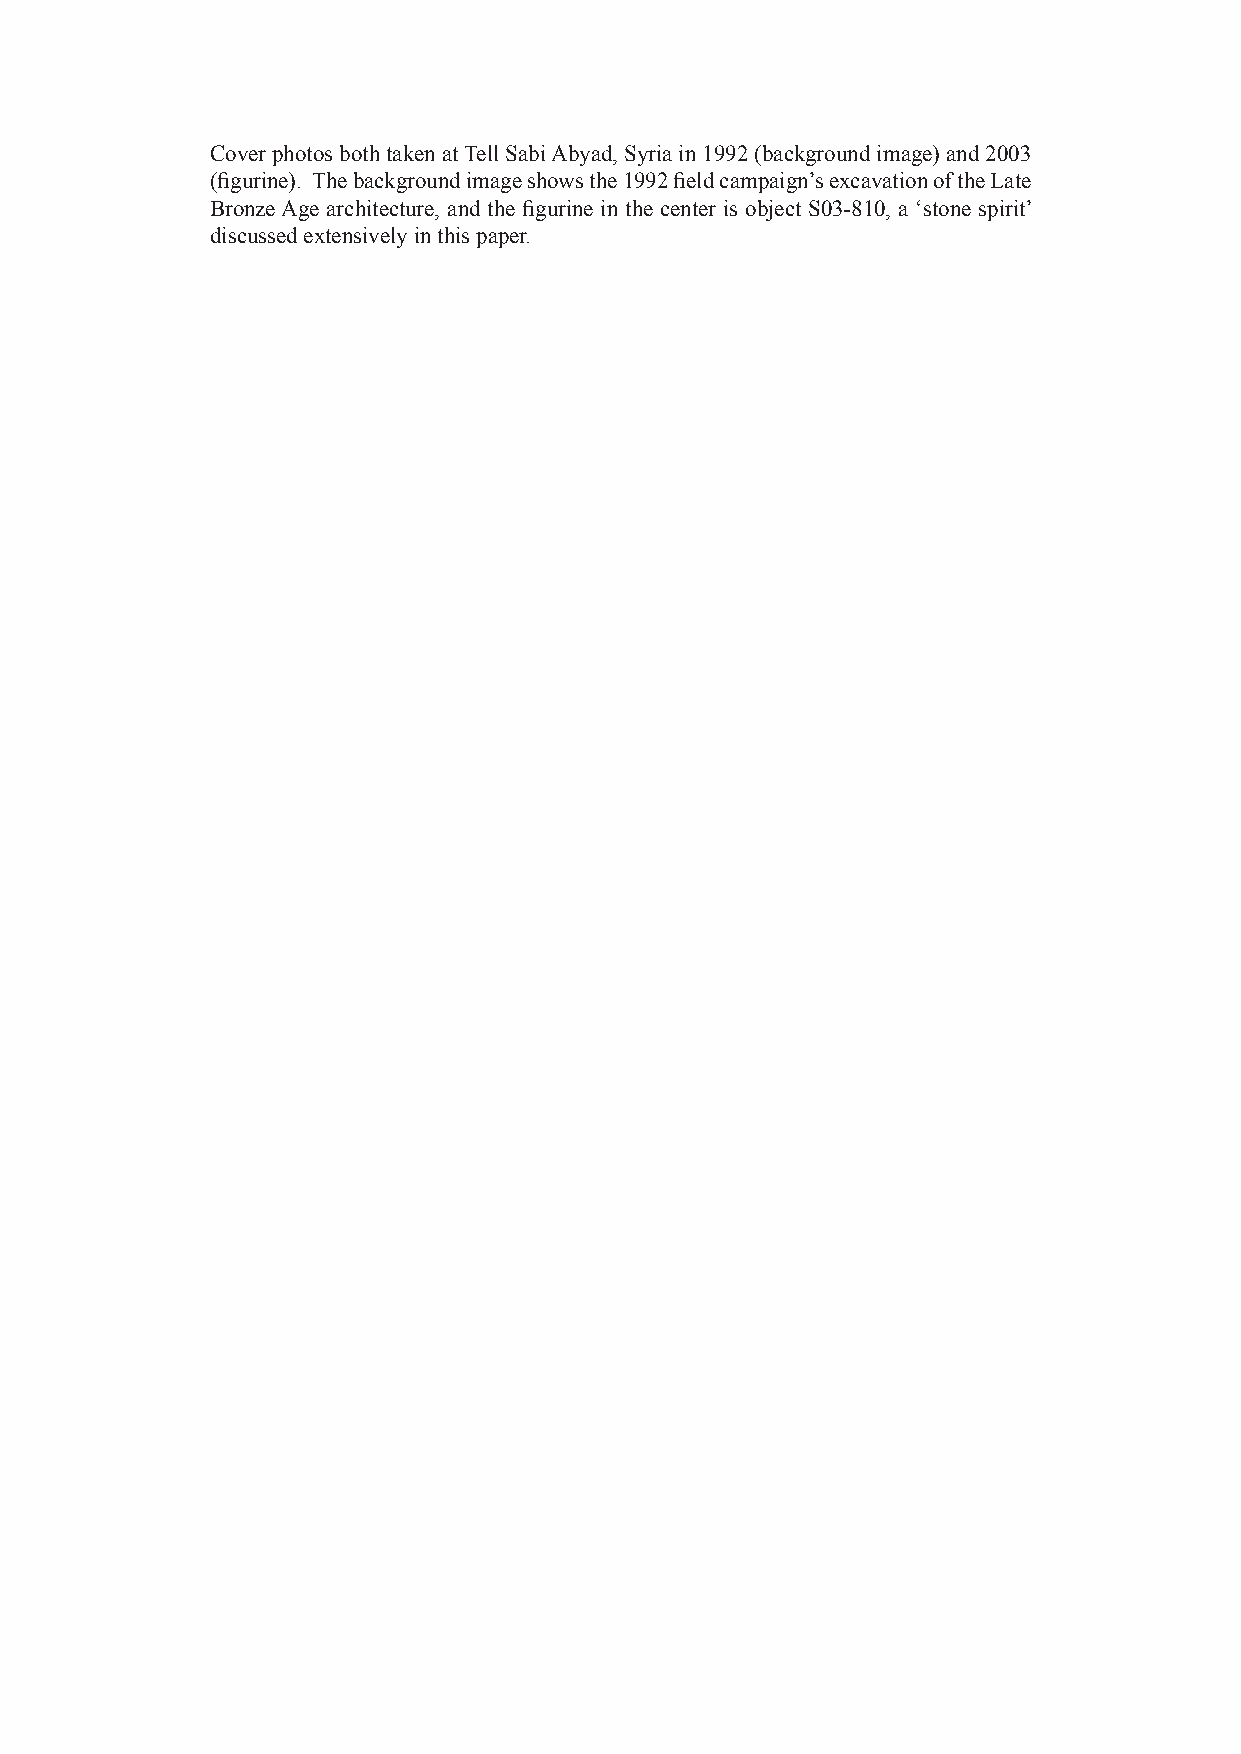
Cover photos both taken at Tell Sabi Abyad, Syria in 1992 (background image) and 2003
 (figurine). The background image shows the 1992 field campaign’s excavation of the Late
 Bronze Age architecture, and the figurine in the center is object S03-810, a ‘stone spirit’
 discussed extensively in this paper.